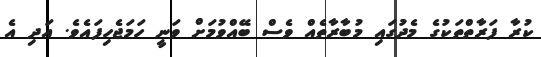
ކުރާ ފަރާތްތަކުގެ މެދުގައި މުބާރާތެއް ވެސް ބޭއްވުމަށް ވަނީ ހަމަޖެހިފައެވެ. އަދި އެ